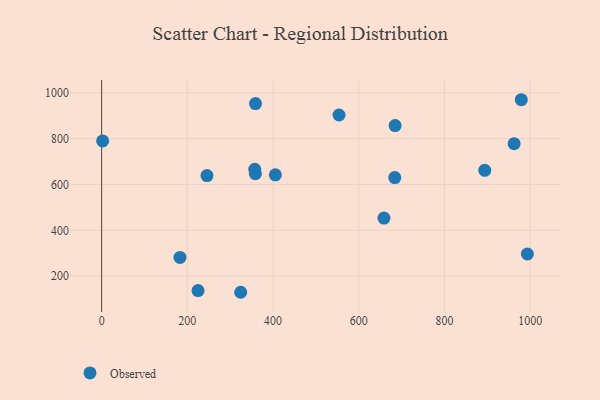
{"axis": {"x": "Experience", "y": "Yield"}, "legend": ["Observed"], "data": [{"x": "684.7", "y": 856.8, "type": "Observed"}, {"x": "405.3", "y": 641.9, "type": "Observed"}, {"x": "658.7", "y": 453.5, "type": "Observed"}, {"x": "993.3", "y": 296.8, "type": "Observed"}, {"x": "324.4", "y": 129.9, "type": "Observed"}, {"x": "245.8", "y": 639.0, "type": "Observed"}, {"x": "357.2", "y": 666.2, "type": "Observed"}, {"x": "224.9", "y": 137.2, "type": "Observed"}, {"x": "683.9", "y": 630.3, "type": "Observed"}, {"x": "893.9", "y": 661.7, "type": "Observed"}, {"x": "979.1", "y": 969.6, "type": "Observed"}, {"x": "2.3", "y": 789.9, "type": "Observed"}, {"x": "962.4", "y": 777.9, "type": "Observed"}, {"x": "553.9", "y": 903.0, "type": "Observed"}, {"x": "182.8", "y": 281.8, "type": "Observed"}, {"x": "359.0", "y": 952.6, "type": "Observed"}, {"x": "358.6", "y": 647.2, "type": "Observed"}]}